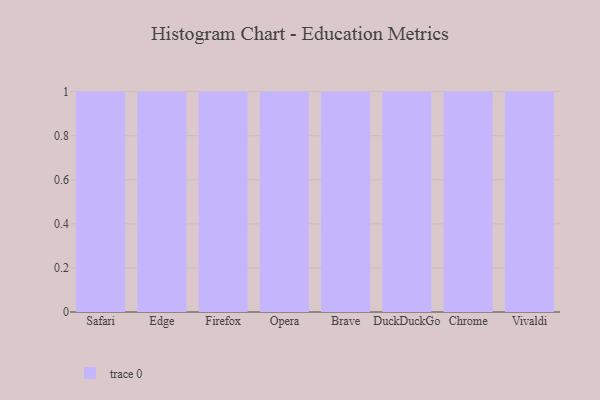
{"axis": {"x": "Browser", "y": "Backlog"}, "legend": [""], "data": [{"x": "Safari", "y": 60, "type": ""}, {"x": "Edge", "y": 72, "type": ""}, {"x": "Firefox", "y": 84, "type": ""}, {"x": "Opera", "y": 58, "type": ""}, {"x": "Brave", "y": 48, "type": ""}, {"x": "DuckDuckGo", "y": 93, "type": ""}, {"x": "Chrome", "y": 68, "type": ""}, {"x": "Vivaldi", "y": 25, "type": ""}]}